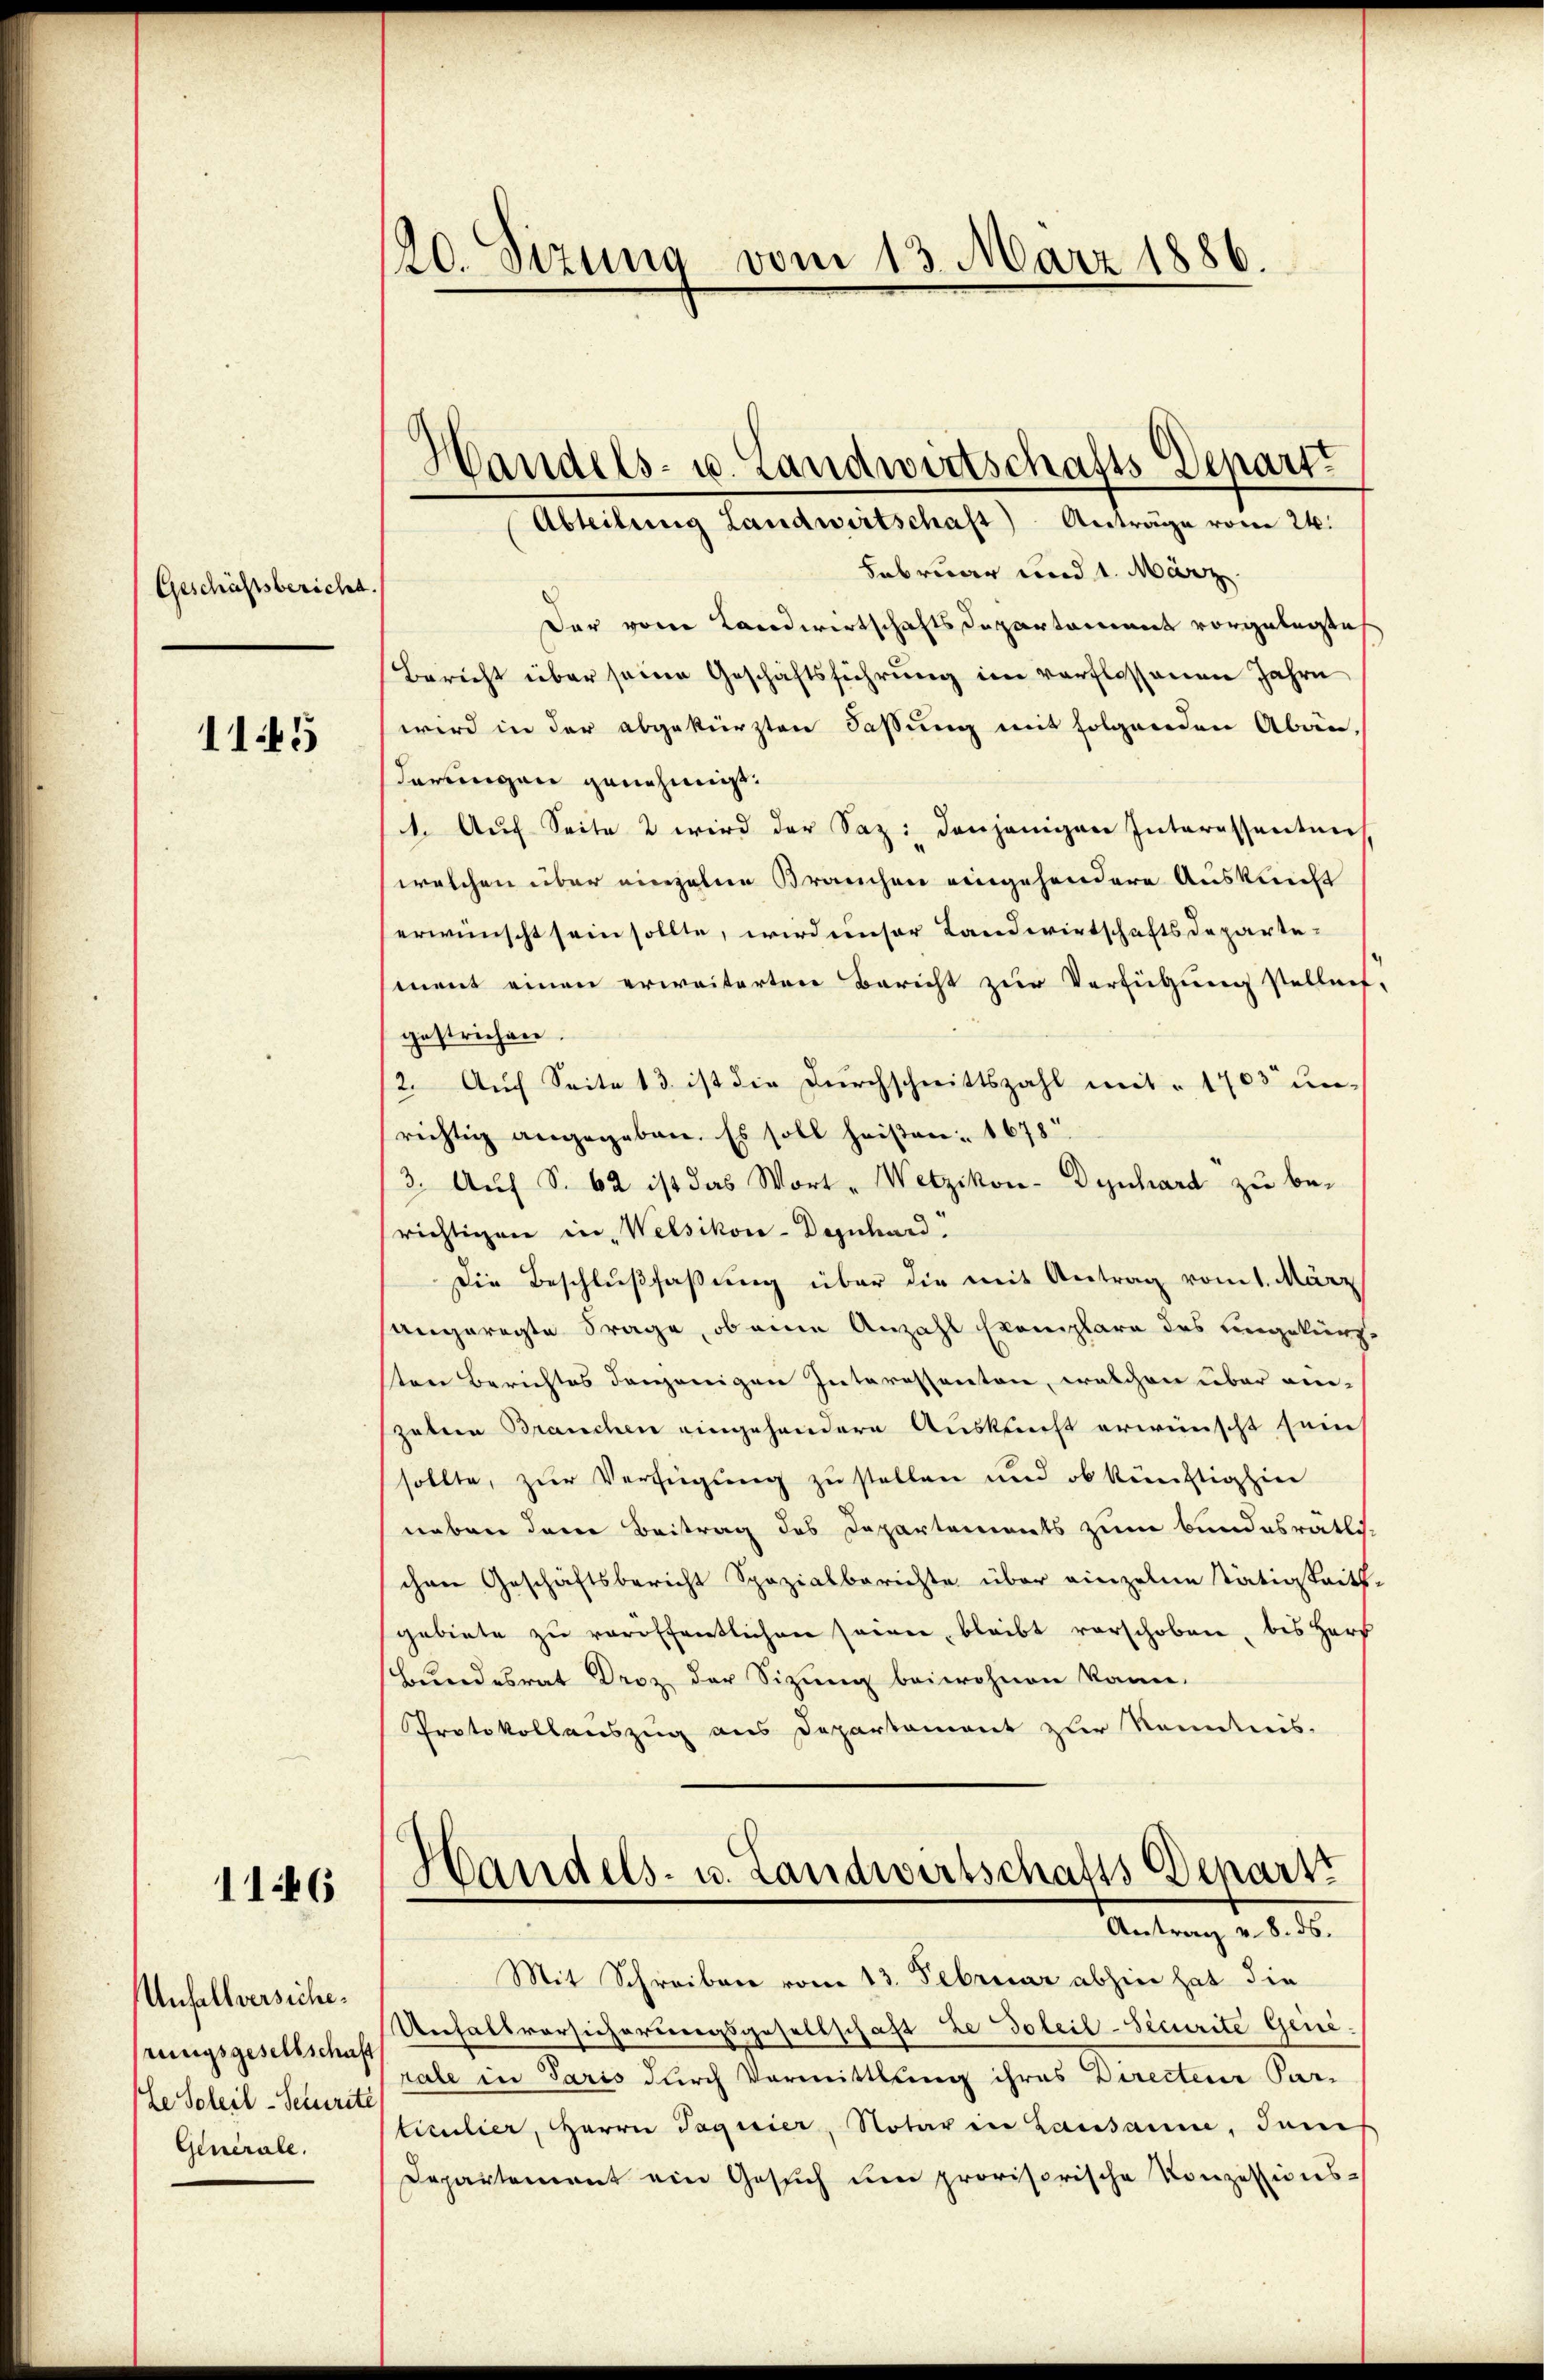
Geschäftsbericht.

1145

1146

Unfallversichehrungsgesellschaft
le Soleil-Schuerite
Generale.

120. Sizung vom 13. März 1886.

Februar und 1. März.
Der vom Landwirtschaftsdepartament vorgelegte
Bericht über seine Geschäftsführung im verflossenen Jahre
wird in der abgekürzten Faßung mit folgenden Abänderungen genehmigt.
1. Auf Seite 2 wird der Saz: denjenigen Interessanten
welchen über einzelne Brauchen eingehendere Auskunft
erwünscht sein sollte, wird unser Landwirtschaftsdepartement einen erweiterten Bericht zur Verfügung stellent
gestrichen
2. Auf Seite 13. ist die Durchschnittszahl mit " 1703 unrichtig angegeben. Es soll heißen: 1678
3. Auf S. 62 ist das Wort - Wetzikon- Dynhard zu berichtigen in Welsikon-Daznhard
Die Beschlußfaßung über die mit Antrag vom 1. März
angeregte Frage, ob eine Anzahl Exemplare des ungekürzsten Berichtes denjenigen Interessanten, welchen über einzalen Branchen eingehandere Auskunft erwünscht sein
sollte, zŭr Verfügung zu stellen und ob künftighin
neben den Beitrag des Departements zum Bundesrätl.
schen Geschäftsbericht Spazialberichte über einzelne Stätigkeits
gebiete zu veröffentlichen seien, bleibt vorschoben, bis Harz
Bundesrat Droz der Sitzung beiwohnen kann.
Protokollauszug aus Departament zur Kenntnis.
Handels- u. Landwirtschafts-Depart
Antrag v. 8. ds.
Mit Schreiben vom 13. Februar abhin hat die
Unfallvorsicherungsgesellschaft ze Soleil-Securite Gene-
rale in Paris durch Vormittlung ihres Directeur Par-
ticulier, HHerrn Taguier, Notar in Lausanne, dem
Departement ein Gesuch um provisorische Konzessions-

Handels- u. Landwirtschafts Depart
Abteilung Landwirtschaft) Anträge vom 24.